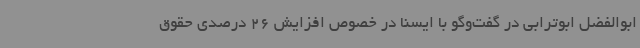
ابوالفضل ابوترابی در گفت‌وگو با ایسنا در خصوص افزایش 26 درصدی حقوق